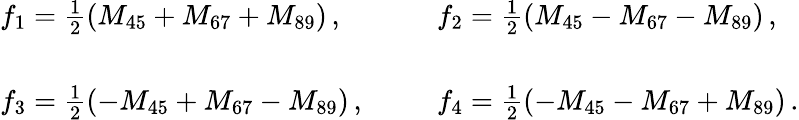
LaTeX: \begin{array}{ll}{{f_{1}=\frac{1}{2}(M_{45}+M_{67}+M_{89})\, ,~~~}}&{{~~~f_{2}=\frac{1}{2}(M_{45}-M_{67}-M_{89})\, ,}}\\ {{{}}}&{{{}}}\\ {{f_{3}=\frac{1}{2}(-M_{45}+M_{67}-M_{89})\, ,~~~}}&{{~~~f_{4}=\frac{1}{2}(-M_{45}-M_{67}+M_{89})\, .}}\end{array}